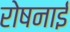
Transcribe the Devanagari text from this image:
रोषनाई